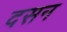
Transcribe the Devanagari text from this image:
दसन